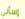
إسألي